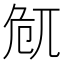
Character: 𠨜